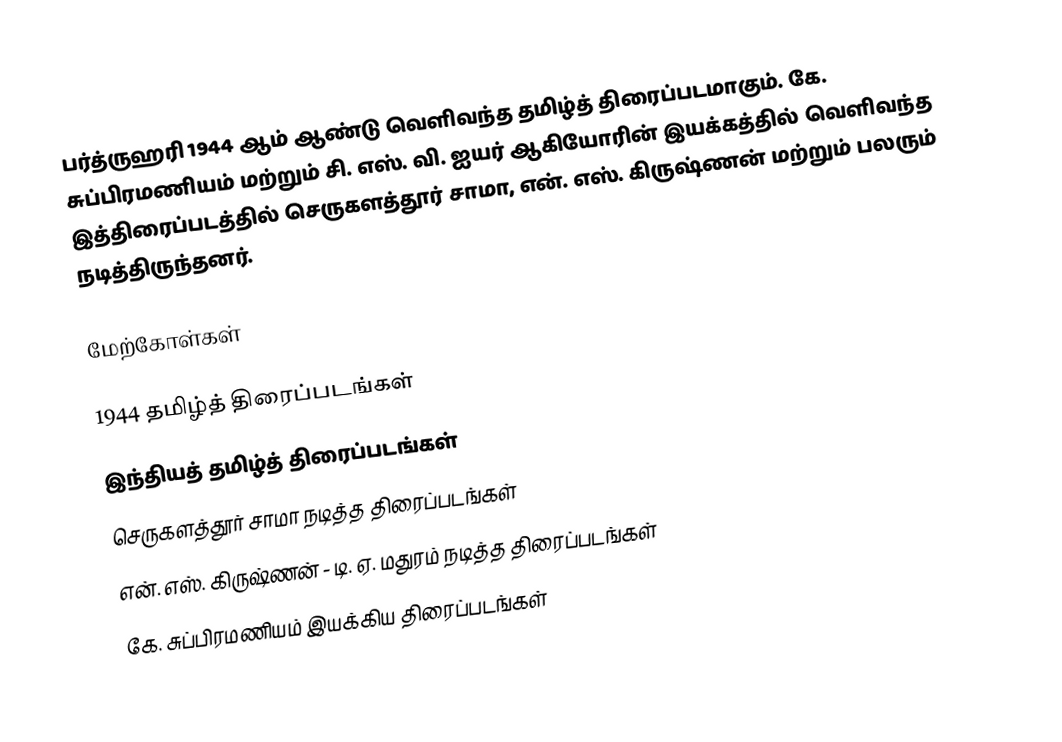
பர்த்ருஹரி 1944 ஆம் ஆண்டு வெளிவந்த தமிழ்த் திரைப்படமாகும். கே. சுப்பிரமணியம் மற்றும் சி. எஸ். வி. ஐயர் ஆகியோரின் இயக்கத்தில் வெளிவந்த இத்திரைப்படத்தில் செருகளத்தூர் சாமா, என். எஸ். கிருஷ்ணன் மற்றும் பலரும் நடித்திருந்தனர்.

மேற்கோள்கள்

1944 தமிழ்த் திரைப்படங்கள்
இந்தியத் தமிழ்த் திரைப்படங்கள்
செருகளத்தூர் சாமா நடித்த திரைப்படங்கள்
என். எஸ். கிருஷ்ணன் - டி. ஏ. மதுரம் நடித்த திரைப்படங்கள்
கே. சுப்பிரமணியம் இயக்கிய திரைப்படங்கள்